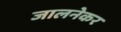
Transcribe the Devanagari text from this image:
जालनेकर